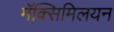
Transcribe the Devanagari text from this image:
मॅक्सिमिलयन